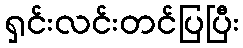
ရှင်းလင်းတင်ပြပြီး